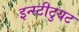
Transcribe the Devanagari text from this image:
इन्स्टीटुयट